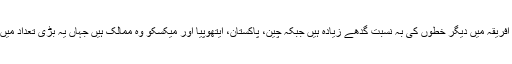
براعظم ایشیا اور افریقہ میں دیگر خطوں کی بہ نسبت گدھے زیادہ ہیں جبکہ چین، پاکستان، ایتھوپیا اور میکسکو وہ ممالک ہیں جہاں یہ بڑی تعداد میں پائے جاتے ہیں۔